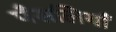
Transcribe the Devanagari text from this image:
पँसलियाँ